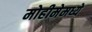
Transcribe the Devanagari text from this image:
मोहीमेमध्ये